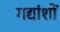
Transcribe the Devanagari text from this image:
गद्यांशों